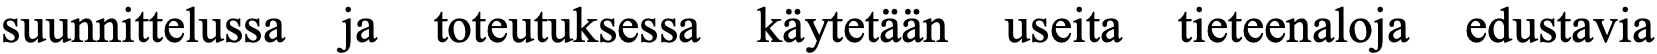
suunnittelussa ja toteutuksessa käytetään useita tieteenaloja edustavia